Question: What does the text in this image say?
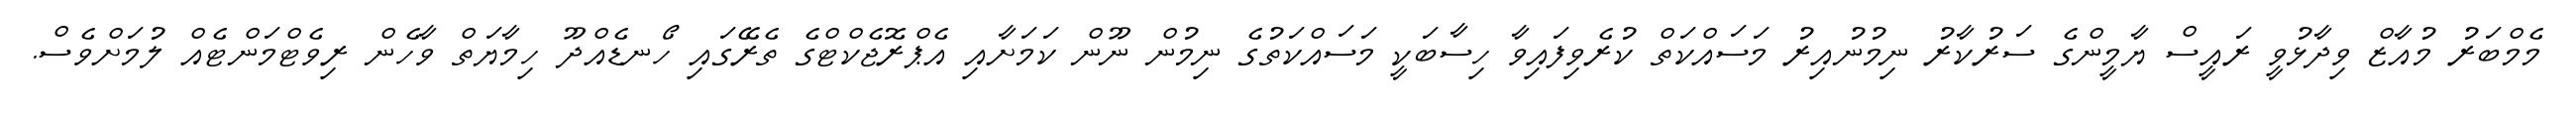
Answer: މެމްބަރު މުއާޒް ވިދާޅުވީ ރައީސް ޔާމީންގެ ސަރުކާރު ނިމުނުއިރު މަސައްކަތް ކުރެވިފައިވާ ހިސާބަކީ މަސައްކަތުގެ ނިމުން ނޫން ކަމަށާއި އެޕްރޮޖެކްޓްގެ ތެރޭގައި ހޯނޑެއްދޫ ހިމާޔަތް ވާހެން ރިވެޓްމަންޓެއް ލުމަށްވެސް.